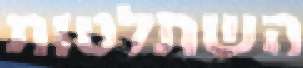
השתלטות